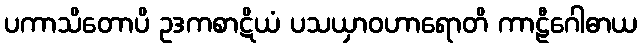
ပကာသိတောပိ ဥဒကစာဋိယံ ပသယှာဝဟာရောတိ ကာဠီဂေါဓာယ